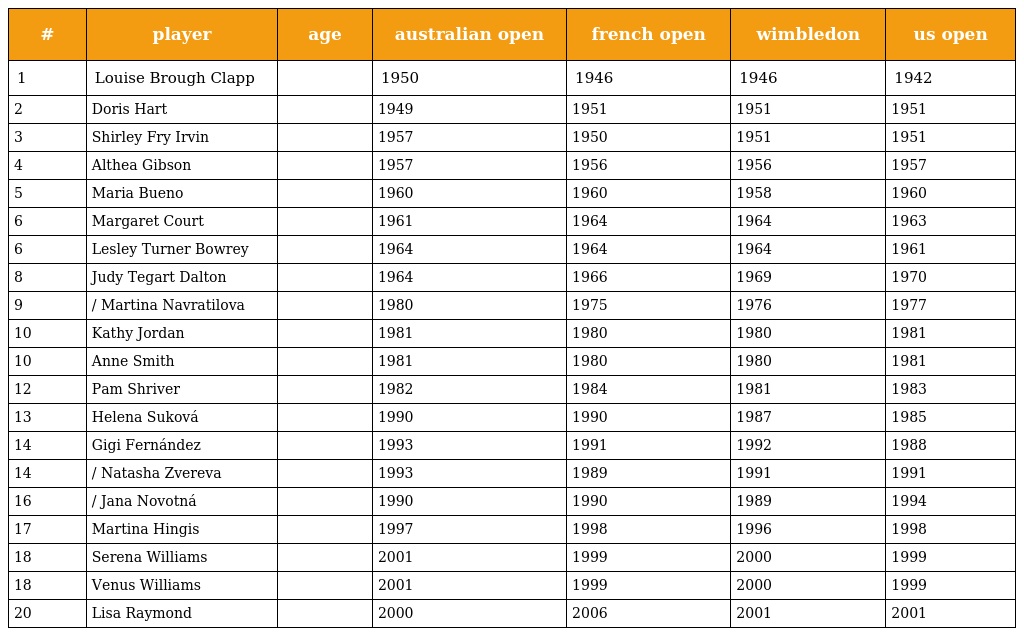
| # | player | age | australian open | french open | wimbledon | us open |
 | --- | --- | --- | --- | --- | --- | --- |
 | 1 | Louise Brough Clapp |  | 1950 | 1946 | 1946 | 1942 |
 | 2 | Doris Hart |  | 1949 | 1951 | 1951 | 1951 |
 | 3 | Shirley Fry Irvin |  | 1957 | 1950 | 1951 | 1951 |
 | 4 | Althea Gibson |  | 1957 | 1956 | 1956 | 1957 |
 | 5 | Maria Bueno |  | 1960 | 1960 | 1958 | 1960 |
 | 6 | Margaret Court |  | 1961 | 1964 | 1964 | 1963 |
 | 6 | Lesley Turner Bowrey |  | 1964 | 1964 | 1964 | 1961 |
 | 8 | Judy Tegart Dalton |  | 1964 | 1966 | 1969 | 1970 |
 | 9 | / Martina Navratilova |  | 1980 | 1975 | 1976 | 1977 |
 | 10 | Kathy Jordan |  | 1981 | 1980 | 1980 | 1981 |
 | 10 | Anne Smith |  | 1981 | 1980 | 1980 | 1981 |
 | 12 | Pam Shriver |  | 1982 | 1984 | 1981 | 1983 |
 | 13 | Helena Suková |  | 1990 | 1990 | 1987 | 1985 |
 | 14 | Gigi Fernández |  | 1993 | 1991 | 1992 | 1988 |
 | 14 | / Natasha Zvereva |  | 1993 | 1989 | 1991 | 1991 |
 | 16 | / Jana Novotná |  | 1990 | 1990 | 1989 | 1994 |
 | 17 | Martina Hingis |  | 1997 | 1998 | 1996 | 1998 |
 | 18 | Serena Williams |  | 2001 | 1999 | 2000 | 1999 |
 | 18 | Venus Williams |  | 2001 | 1999 | 2000 | 1999 |
 | 20 | Lisa Raymond |  | 2000 | 2006 | 2001 | 2001 |